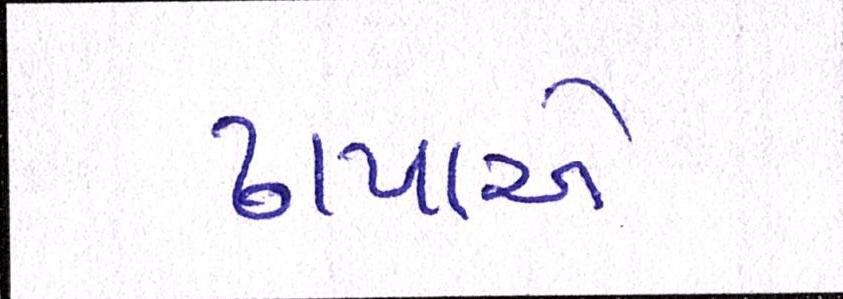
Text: ઢાપાએ